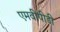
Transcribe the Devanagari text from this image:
एमवीपीडी